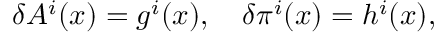
\delta A ^ { i } ( x ) = g ^ { i } ( x ) , \ \ \ \delta \pi ^ { i } ( x ) = h ^ { i } ( x ) ,